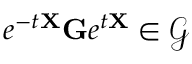
e ^ { - t \mathbf { X } } \mathbf { G } e ^ { t \mathbf { X } } \in \mathcal { G }